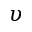
\upsilon